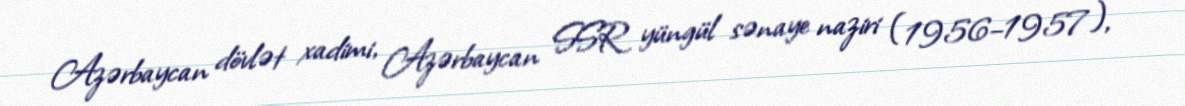
Azərbaycan dövlət xadimi, Azərbaycan SSR yüngül sənaye naziri (1956–1957),